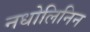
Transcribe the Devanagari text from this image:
नधोलिनिन